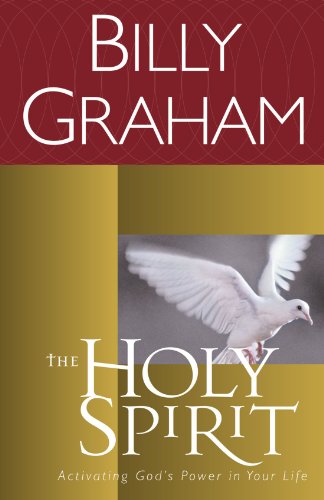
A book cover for The Holy Spirit: Activating God's Power in Your Life; Billy Graham; Christian Books & Bibles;